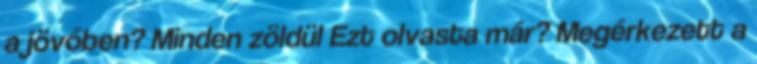
a jövőben? Minden zöldül Ezt olvasta már? Megérkezett a